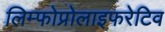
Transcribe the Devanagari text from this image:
लिम्फोप्रोलाइफरेटिव